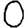
Digit: 0